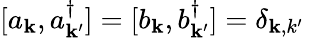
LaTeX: [a_{\mathbf k},a_{\mathbf k^{\prime}}^{\dagger}]=[b_{\mathbf k},b_{\mathbf k^{\prime}}^{\dagger}]=\delta_{\mathbf k,k^{\prime}}\,